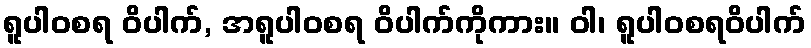
ရူပါဝစရ ဝိပါက်, အရူပါဝစရ ဝိပါက်ကိုကား။ ဝါ၊ ရူပါဝစရဝိပါက်